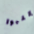
كتبوا